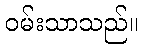
ဝမ်းသာသည်။